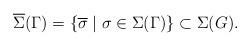
LaTeX: \begin{align*}\overline \Sigma(\Gamma) = \lbrace \overline \sigma \mid \sigma \in \Sigma(\Gamma) \rbrace \subset \Sigma(G).\end{align*}